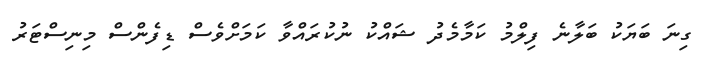
ގިނަ ބަޔަކު ބަލާނެ ފިލްމު ކަމާމެދު ޝައްކު ނުކުރައްވާ ކަމަށްވެސް ޑިފެންްސް މިނިސްޓަރު